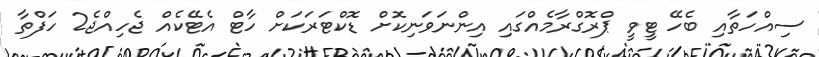
ސިއްހަތާއި ބެހޭ ޓީވީ ޕްރޮގްރާމެއްގައި އިންނަވަނިކޮށް ޑޮކްޓަރަކަށް ހާޓް އެޓޭކެއް ޖެހިއްޖެ2 ހަފްތާ